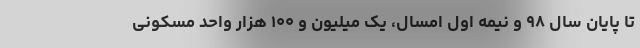
تا پایان سال ۹۸ و نیمه اول امسال، یک میلیون و ۱۰۰ هزار واحد مسکونی